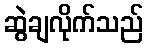
ဆွဲချလိုက်သည်